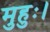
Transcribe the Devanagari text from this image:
मुहुः।